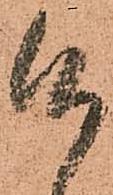
候